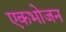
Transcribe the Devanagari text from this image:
एकभोजन